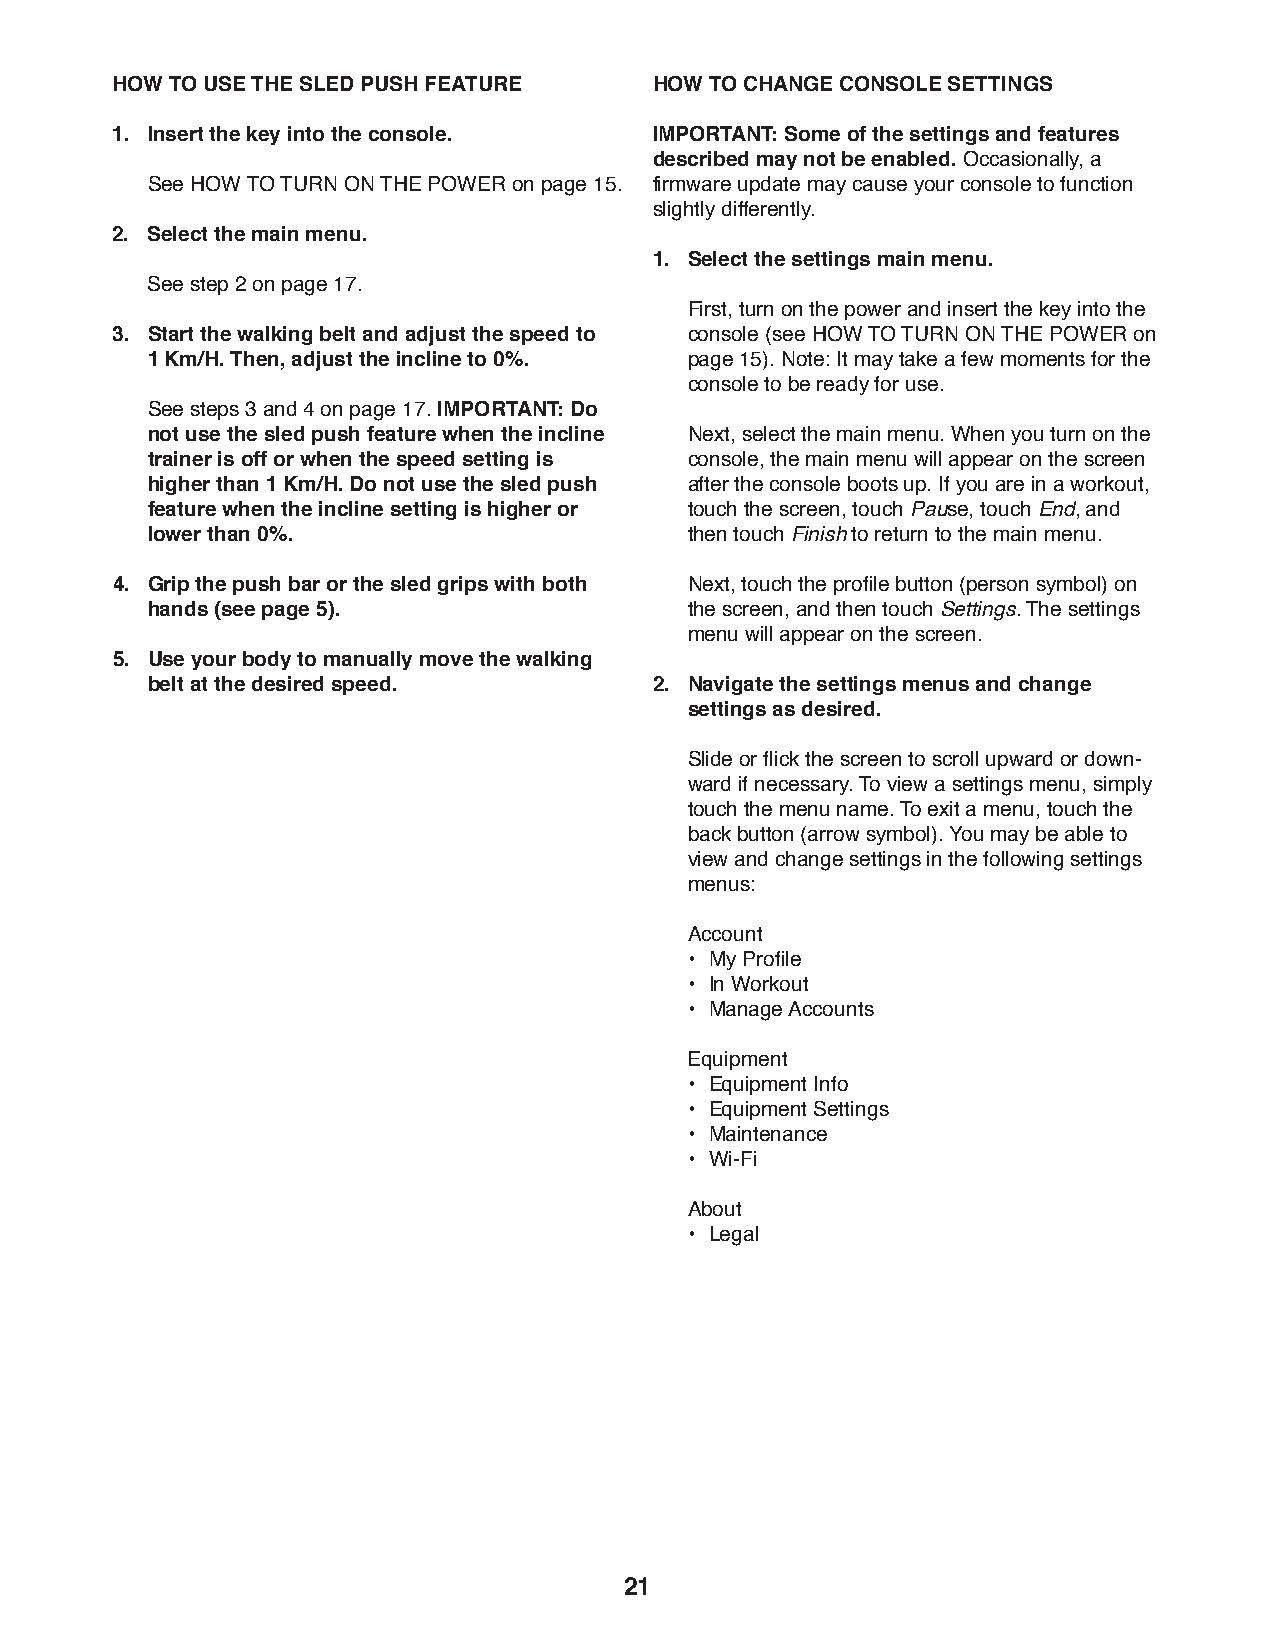
HOW TO USE THE SLED PUSH FEATURE    HOW TO CHANGE CONSOLE SETTINGS
 1. I nsert the key into the console. IMPORTANT: Some of the settings and features
 described may not be enabled. Occasionally, a
 S ee HOW TO TURN ON THE POWER on page 15. firmware update may cause your console to function
 slightly differently.
 2. Select the main menu.
 1. S elect the settings main menu.
 See step 2 on page 17.
 F irst, turn on the power and insert the key into the
 3. S tart the walking belt and adjust the speed to console (see HOW TO TURN ON THE POWER on
 1 Km/H. Then, adjust the incline to 0%. page 15). Note: It may take a few moments for the
 console to be ready for use.
 S ee steps 3 and 4 on page 17. IMPORTANT: Do
 not use the sled push feature when the incline N ext, select the main menu. When you turn on the
 trainer is off or when the speed setting is console, the main menu will appear on the screen
 higher than 1 Km/H. Do not use the sled push after the console boots up. If you are in a workout,
 feature when the incline setting is higher or touch the screen, touch Pause, touch End, and
 lower than 0%.                      then touch Finish to return to the main menu.
 4. G rip the push bar or the sled grips with both N ext, touch the profile button (person symbol) on
 hands (see page 5).                 the screen, and then touch Settings. The settings
 menu will appear on the screen.
 5. U se your body to manually move the walking
 belt at the desired speed.       2. N avigate the settings menus and change
 settings as desired.
 S lide or flick the screen to scroll upward or down-
 ward if necessary. To view a settings menu, simply
 touch the menu name. To exit a menu, touch the
 back button (arrow symbol). You may be able to
 view and change settings in the following settings
 menus:
 A ccount
 • M y Profi le
 • I n Workout
 • M anage Accounts
 Equipment
 • E quipment Info
 • E quipment Settings
 • M aintenance
 • W i-Fi
 A bout
 • L egal
 21